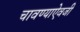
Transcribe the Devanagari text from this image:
चावण्याऐवजी